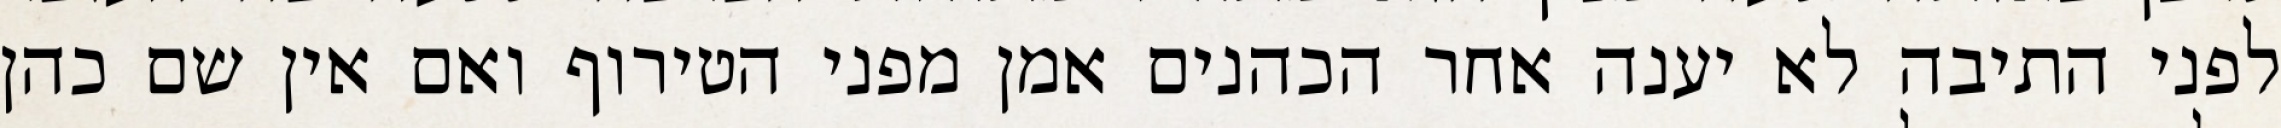
לפני התיבה לא יענה אחר הכהנים אמן מפני הטירוף ואם אין שם כהן